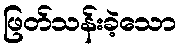
ဖြတ်သန်းခဲ့သော